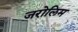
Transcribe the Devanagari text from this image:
जरोलिम